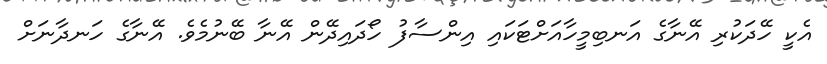
އެކީ ހޭދަކުރި އޭނާގެ އަނބިމީހާއަށްޓަކައި އިންސާފު ހޯދައިދޭން އޭނާ ބޭނުމެވެ. އޭނާގެ ހަނދާނަށް